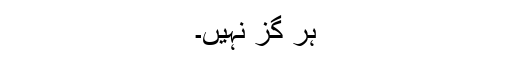
ہر گز نہیں۔